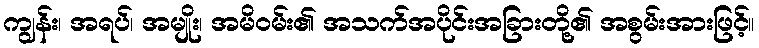
ကျွန်း၊ အရပ်၊ အမျိုး၊ အမိဝမ်း၏ အသက်အပိုင်းအခြားတို့၏ အစွမ်းအားဖြင့်။